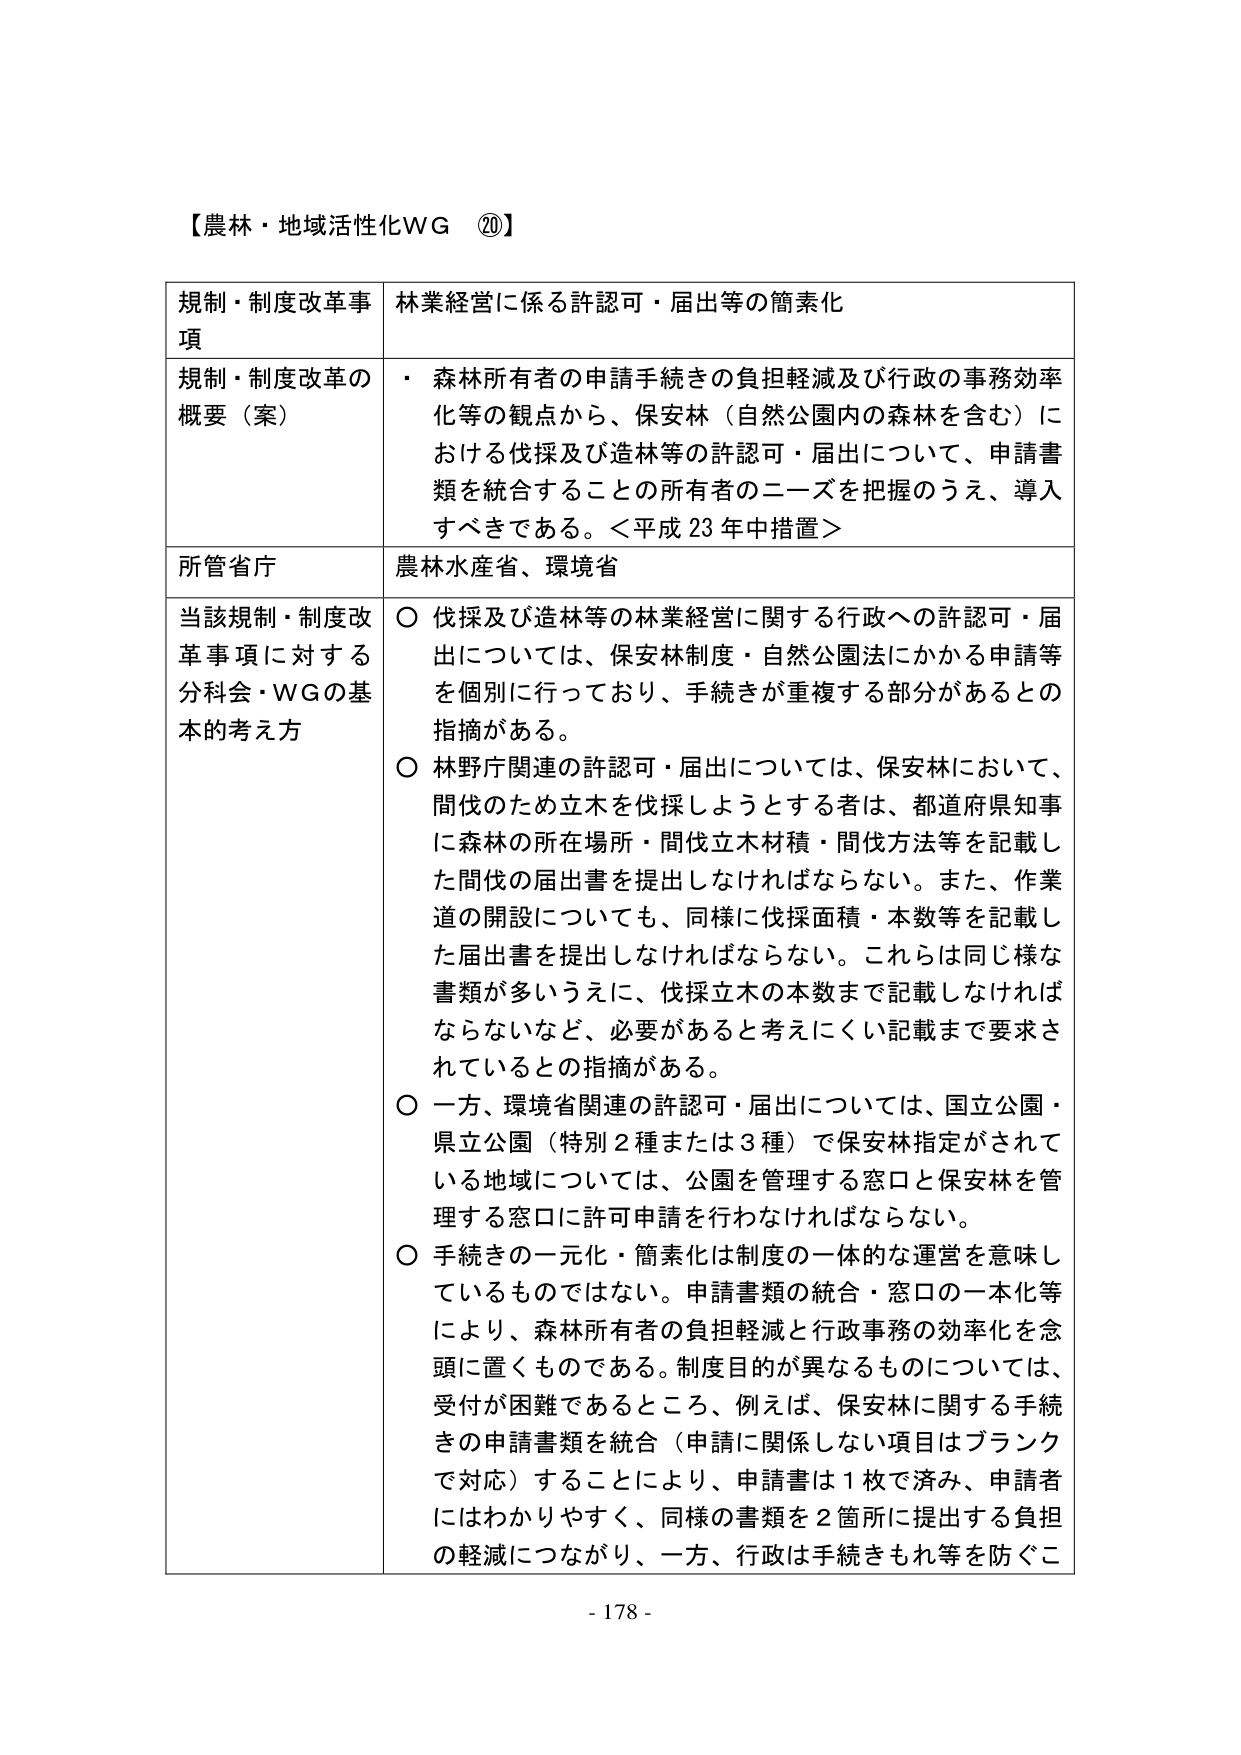
【農林・地域活性化WG ⑳】

規制・制度改革事項　林業経営に係る許認可・届出等の簡素化

規制・制度改革の概要（案）　・ 森林所有者の申請手続きの負担軽減及び行政の事務効率化等の観点から、保安林（自然公園内の森林を含む）における伐採及び造林等の許認可・届出について、申請書類を統合することの所有者のニーズを把握のうえ、導入すべきである。＜平成23年中措置＞

所管省庁　農林水産省、環境省

当該規制・制度改革事項に対する分科会・WGの基本的考え方　○ 伐採及び造林等の林業経営に関する行政への許認可・届出については、保安林制度・自然公園法にかかる申請等を個別に行っており、手続きが重複する部分があるとの指摘がある。

○ 林野庁関連の許認可・届出については、保安林において、間伐のため立木を伐採しようとする者は、都道府県知事に森林の所在場所・間伐立木材積・間伐方法等を記載した間伐の届出書を提出しなければならない。また、作業道の開設についても、同様に伐採面積・本数等を記載した届出書を提出しなければならない。これらは同じ様な書類が多いうえに、伐採立木の本数まで記載しなければならないなど、必要があると考えにくい記載まで要求されているとの指摘がある。

○ 一方、環境省関連の許認可・届出については、国立公園・県立公園（特別2種または3種）で保安林指定がされている地域については、公園を管理する窓口と保安林を管理する窓口に許可申請を行わなければならない。

○ 手続きの一元化・簡素化は制度の一体的な運営を意味しているものではない。申請書類の統合・窓口の一本化等により、森林所有者の負担軽減と行政事務の効率化を念頭に置くものである。制度目的が異なるものについては、受付が困難であるところ、例えば、保安林に関する手続きの申請書類を統合（申請に関係しない項目はブランクで対応）することにより、申請書は1枚で済み、申請者にはわかりやすく、同様の書類を2箇所に提出する負担の軽減につながり、一方、行政は手続きもれ等を防ぐこ

- 178 -